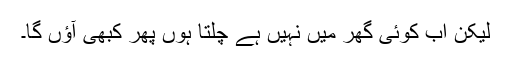
لیکن اب کوئی گھر میں نہیں ہے چلتا ہوں پھر کبھی آؤں گا۔